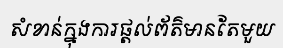
សំខាន់ក្នុងការផ្តល់ព័ត៌មានតែមួយ